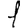
Digit: 1